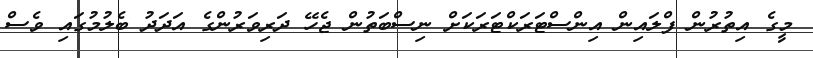
މީގެ އިތުރުން ފްލައިން އިންސްޓަރަކްޓަރަކަށް ނިސްބަތުން ޖެހޭ ދަރިވަރުންގެ އަދަދު ބެލުމުގައި ވެސް